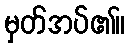
မှတ်အပ်၏။